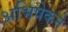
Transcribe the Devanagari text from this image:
अभिषेकने